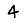
Digit: 4